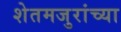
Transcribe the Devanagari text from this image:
शेतमजुरांच्या